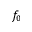
f _ { 0 }